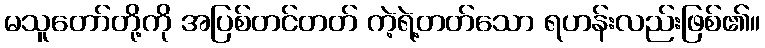
မသူတော်တို့ကို အပြစ်တင်တတ် ကဲ့ရဲ့တတ်သော ရဟန်းလည်းဖြစ်၏။